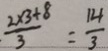
\cdot \frac { 2 \times 3 + 8 } { 3 } = \frac { 1 4 } { 3 }